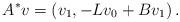
LaTeX: \begin{align*}A^*v = \left(v_{1}, -L v_{0} + Bv_{1} \right).\end{align*}